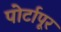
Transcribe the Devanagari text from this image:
पोर्टापूर